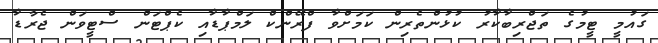
ގައުމީ ޓީމުގެ ތަޖްރިބާކާރު ކުޅުންތެރިން ކަމަށްވާ ފްރޭންކް ލަމްޕާޑާއި ކެޕްޓަން ސްޓީވަން ޖެރާޑާ